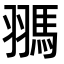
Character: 𩢳